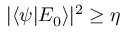
| \langle \psi | E _ { 0 } \rangle | ^ { 2 } \ge \eta